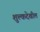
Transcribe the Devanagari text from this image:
शुल्कदेखील